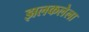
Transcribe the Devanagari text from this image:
झलकलेला